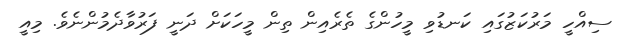
ސިއްހީ މަރުކަޒުގައި ކަނޑުވި މީހުންގެ ތެރެއިން ތިން މީހަކަށް ދަނީ ފަރުވާދެމުންނެވެ. މިއީ